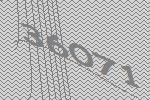
36071